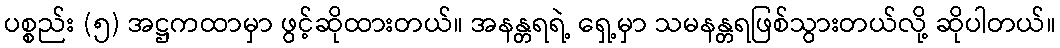
ပစ္စည်း (၅) အဋ္ဌကထာမှာ ဖွင့်ဆိုထားတယ်။ အနန္တရရဲ့ ရှေ့မှာ သမနန္တရဖြစ်သွားတယ်လို့ ဆိုပါတယ်။